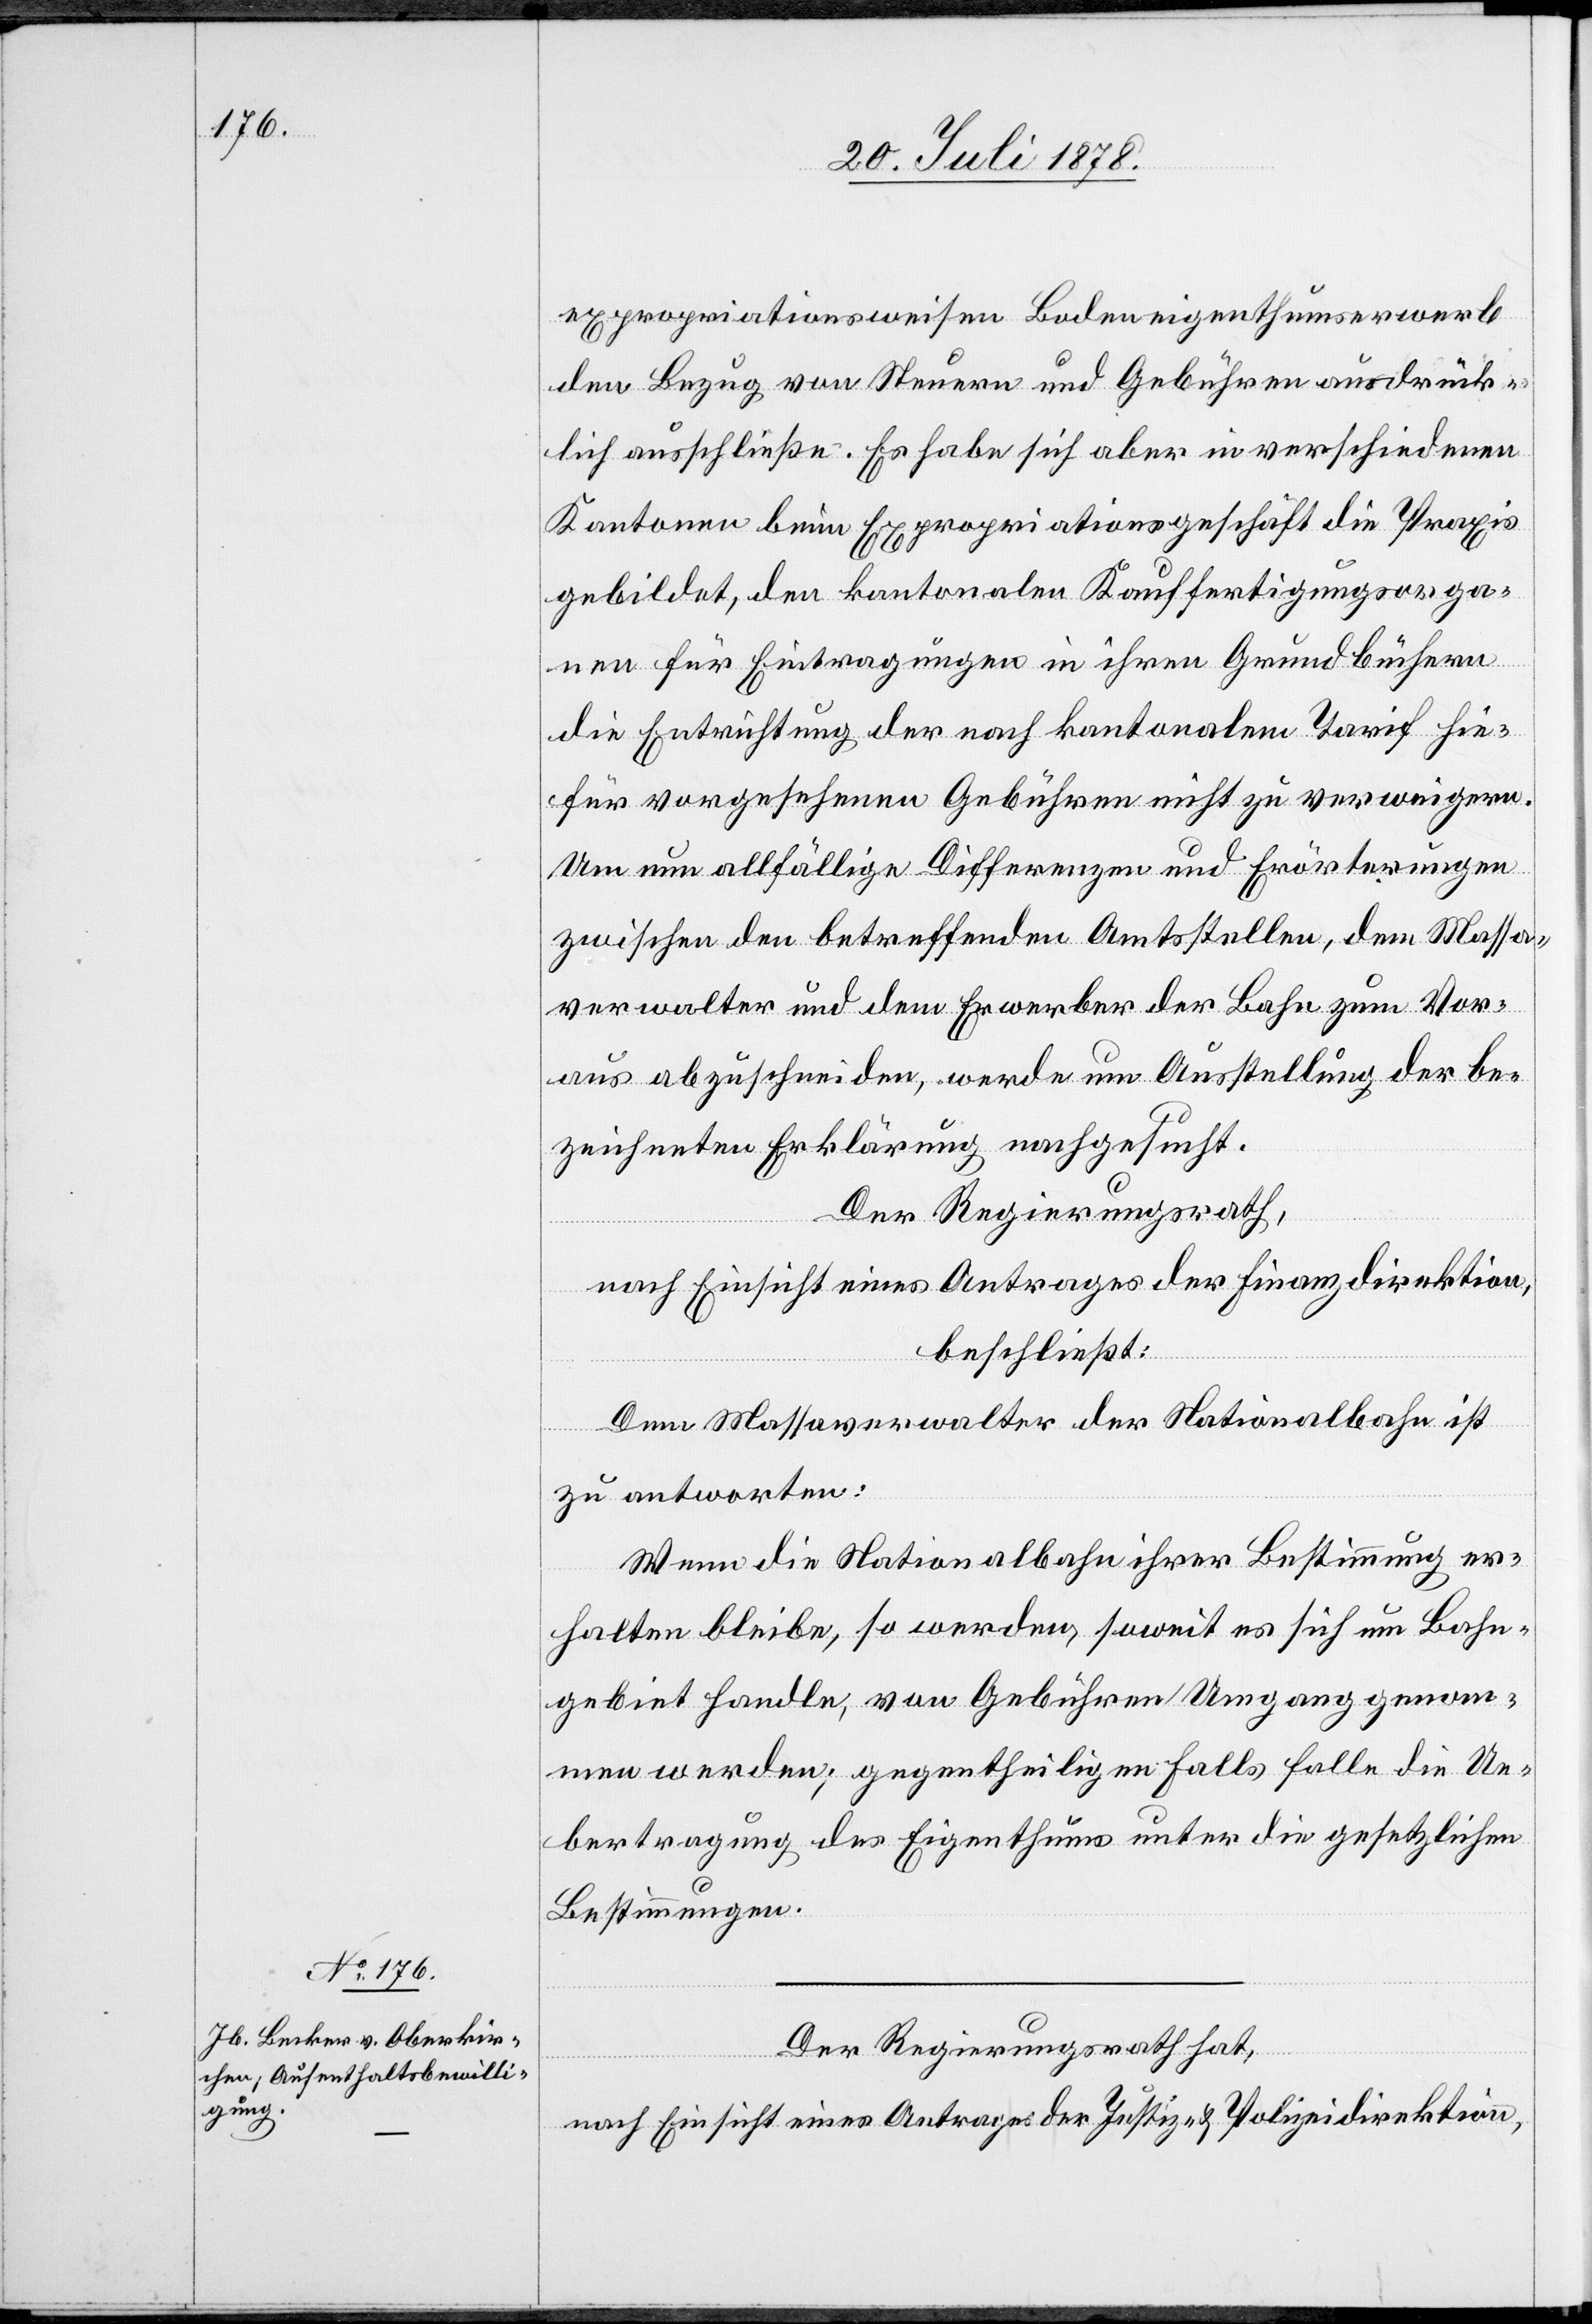
expropriationsweisen Bodeneigenthumserwerb
den Bezug von Steuern und Gebühren ausdrück¬
lich ausschließe. Es habe sich aber in verschiedenen
Kantonen beim Expropriationsgeschäft die Praxis
gebildet, den kantonalen Kauffertigungsorga¬
nen für Eintragungen in ihren Grundbüchern
die Entrichtung der nach kantonalem Tarif hie¬
für vorgesehenen Gebühren nicht zu verweigern.
Um nun allfällige Differenzen und Erörterungen
zwischen den betreffenden Amtsstellen, dem Massa¬
verwalter und dem Erwerber der Bahn zum Vor¬
aus abzuschneiden, werde um Ausstellung der be¬
zeichneten Erklärung nachgesucht.
Der Regierungsrath,
nach Einsicht eines Antrages der Finanzdirektion,
beschließt:
Dem Massaverwalter der Nationalbahn ist
zu antworten:
Wenn die Nationalbahn ihrer Bestimmung er¬
halten bleibe, so werden [sic!], soweit es sich um Bahn¬
gebiet handle, von Gebühren Umgang genom¬
men werden; gegentheiligen Falls falle die Ue¬
bertragung des Eigenthums unter die gesetzlichen
Bestimmungen.
Der Regierungsrath hat,
nach Einsicht eines Antrages der Justiz- & Polizeidirektion,